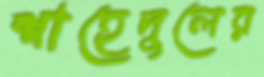
শাহেদুলের